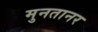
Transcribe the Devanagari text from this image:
मुनतानर